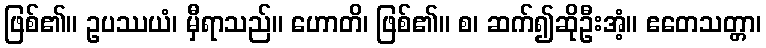
ဖြစ်၏။ ဥပဿယံ၊ မှီရာသည်။ ဟောတိ၊ ဖြစ်၏။ စ၊ ဆက်၍ဆိုဦးအံ့။ ဧတေသတ္တာ၊